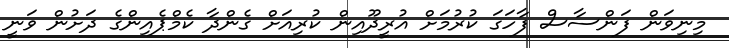
މިނިވަން ފަންސާސް ފާހަގަ ކުރުމަށް އުރީދޫއިން ކުރިއަށް ގެންދާ ކެމްޕެއިންގެ ދަށުން ވަނީ